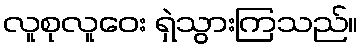
လူစုလူဝေး ရှဲသွားကြသည်။